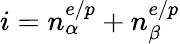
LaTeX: i=n_{\alpha}^{e/p}+n_{\beta}^{e/p}